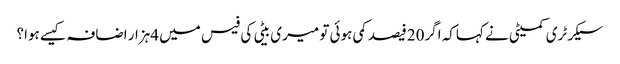
سیکرٹری کمیٹی نے کہاکہ اگر20فیصد کمی ہوئی تو میری بیٹی کی فیس میں 4ہزار اضافہ کیسے ہوا؟